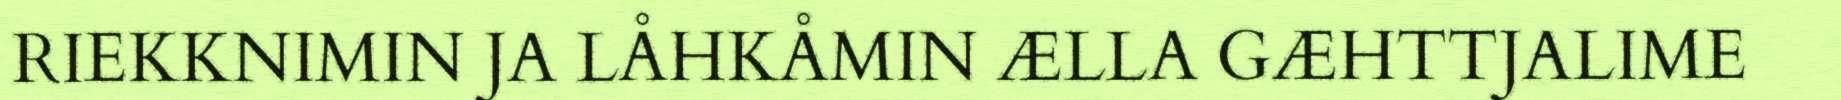
RIEKKNIMIN JA LÅHKÅMIN ÆLLA GÆHTTJALIME